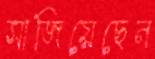
সাজিয়েছেন